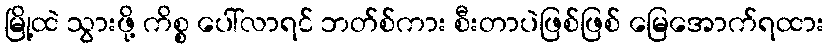
မြို့ထဲ သွားဖို့ ကိစ္စ ပေါ်လာရင် ဘတ်စ်ကား စီးတာပဲဖြစ်ဖြစ် မြေအောက်ရထား